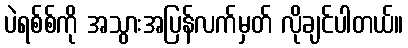
ပဲရစ်စ်ကို အသွားအပြန်လက်မှတ် လိုချင်ပါတယ်။